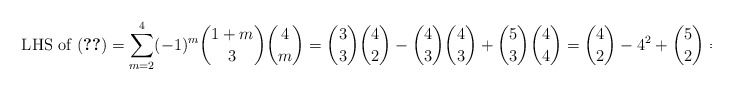
\begin{align*} \text{ LHS of (\ref{eqn:final})} = \sum_{m=2}^4 (-1)^m \binom{1+m}{3} \binom{4}{m} = \binom{3}{3} \binom{4}{2} - \binom{4}{3} \binom{4}{3} + \binom{5}{3} \binom{4}{4} = \binom{4}{2} - 4^2 + \binom{5}{2} = 0 \end{align*}